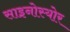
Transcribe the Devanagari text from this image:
साइनोस्योर